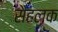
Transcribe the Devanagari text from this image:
सैहलक